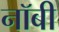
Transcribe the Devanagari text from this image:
नॉबी